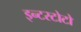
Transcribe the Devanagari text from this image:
इन्टरटोटो